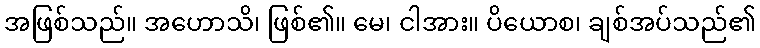
အဖြစ်သည်။ အဟောသိ၊ ဖြစ်၏။ မေ၊ ငါအား။ ပိယောစ၊ ချစ်အပ်သည်၏